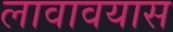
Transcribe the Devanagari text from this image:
लावावयास